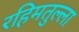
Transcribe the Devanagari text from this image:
रहिमतुल्ला